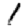
Digit: 1